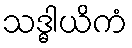
သဒ္ဓါယိကံ